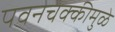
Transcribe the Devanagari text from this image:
पवनचक्कीमुळे